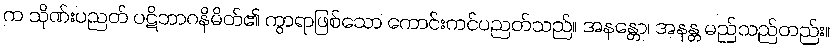
က သိုဏ်းပညတ် ပဋိဘာဂနိမိတ်၏ ကွာရာဖြစ်သော ကောင်းကင်ပညတ်သည်။ အနန္တော၊ အနန္တ မည်သည်တည်း။